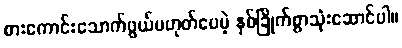
စားကောင်းသောက်ဖွယ်မဟုတ်ပေမဲ့ နှစ်ခြိုက်စွာသုံးဆောင်ပါ။